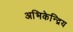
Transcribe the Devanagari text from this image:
अभिकेन्द्रिय